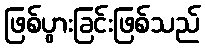
ဖြစ်ပွားခြင်းဖြစ်သည်